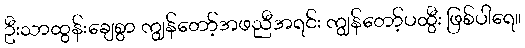
ဦးသာထွန်းချေစွာ ကျွန်တော့်အဖညီအရင်း ကျွန်တော့်ပထွီး ဖြစ်ပါရေ။